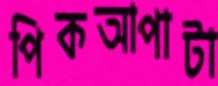
পিকআপাটা